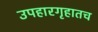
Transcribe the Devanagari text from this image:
उपहारगृहातच